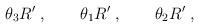
LaTeX: \begin{align*}\theta_3 R^\prime \; , \qquad \theta_1 R^\prime \; , \qquad \theta_2 R^\prime \; ,\end{align*}